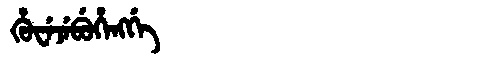
Manchu: ᡥᡠᠸᡝᠵᡝᠪᡠᡥᡝᠩᡤᡝ
Romanization: HUWEJEBUHENGGE